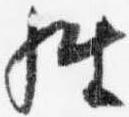
経